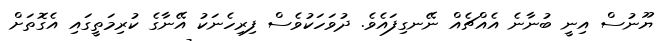
ޔޫނުސް އިނީ ބުނާނެ އެއްޗެއް ނޭނގިފައެވެ. ދުވަހަކުވެސް ފިރިހެނަކު އޭނާގެ ކުރިމަތީގައި އެގޮތަށް